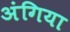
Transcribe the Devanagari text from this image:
अंगिया